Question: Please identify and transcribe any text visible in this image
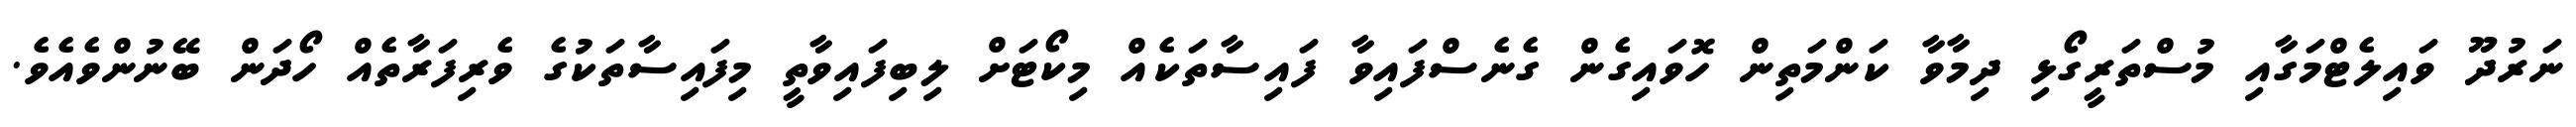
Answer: ނަރުދޫ ވައިލެޓްމަގާއި މުސްތަރީގޯޅި ދިމާވާ ކަންމަތިން ހޮވައިގެން ގެނެސްފައިވާ ފައިސާތަކެއް މިކޯޓަށް ލިބިފައިވާތީ މިފައިސާތަކުގެ ވެރިފަރާތެއް ހޯދަން ބޭނުންވެއެވެ.